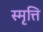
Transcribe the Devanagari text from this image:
स्मृत्ति